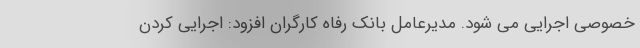
خصوصی اجرایی می شود. مدیرعامل بانک رفاه کارگران افزود: اجرایی کردن